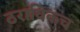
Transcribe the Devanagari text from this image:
ठराविकच